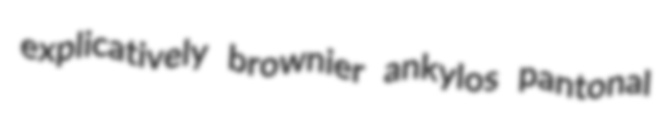
explicatively brownier ankylos pantonal